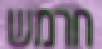
חרמש